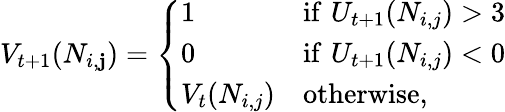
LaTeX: V_{t+1}(N_{i,\mathbf{j}})=\left\{ {\begin{array}{ll}{1}&{{\mathrm{if}}\, \, U_{t+1}(N_{i,j})>3}\\ {0}&{{\mathrm{if}}\, \, U_{t+1}(N_{i,j})<0}\\ {V_{t}(N_{i,j})}&{{\mathrm{otherwise}},}\end{array}}\right.